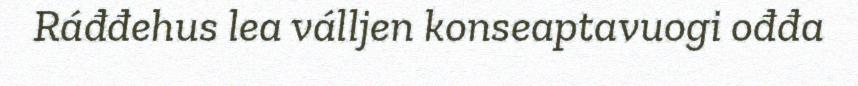
Ráđđehus lea válljen konseaptavuogi ođđa